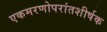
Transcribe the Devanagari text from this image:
एकमरणोपरांतशीर्षक